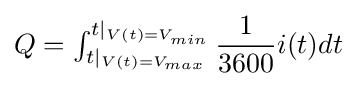
{\textstyle Q=\int _{t\mid _{V(t)=V_{max}}}^{t\mid _{V(t)=V_{min}}}{\dfrac {1}{3600}}i(t)dt}